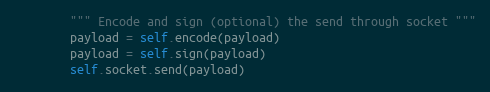
Language: Python
        """ Encode and sign (optional) the send through socket """
        payload = self.encode(payload)
        payload = self.sign(payload)
        self.socket.send(payload)